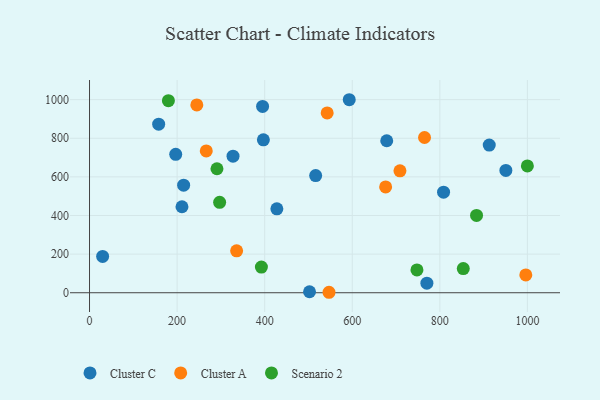
{"axis": {"x": "Study Hours", "y": "Exam Score"}, "legend": ["Cluster A", "Cluster C", "Scenario 2"], "data": [{"x": "502.4", "y": 5.1, "type": "Cluster C"}, {"x": "808.5", "y": 520.6, "type": "Cluster C"}, {"x": "950.8", "y": 633.2, "type": "Cluster C"}, {"x": "196.8", "y": 717.0, "type": "Cluster C"}, {"x": "678.7", "y": 787.1, "type": "Cluster C"}, {"x": "214.9", "y": 557.2, "type": "Cluster C"}, {"x": "211.1", "y": 445.3, "type": "Cluster C"}, {"x": "29.9", "y": 188.3, "type": "Cluster C"}, {"x": "157.9", "y": 872.9, "type": "Cluster C"}, {"x": "912.8", "y": 764.7, "type": "Cluster C"}, {"x": "395.2", "y": 964.6, "type": "Cluster C"}, {"x": "593.1", "y": 999.5, "type": "Cluster C"}, {"x": "327.7", "y": 707.4, "type": "Cluster C"}, {"x": "770.4", "y": 49.6, "type": "Cluster C"}, {"x": "516.4", "y": 606.9, "type": "Cluster C"}, {"x": "427.8", "y": 434.6, "type": "Cluster C"}, {"x": "397.0", "y": 792.0, "type": "Cluster C"}, {"x": "765.0", "y": 804.0, "type": "Cluster A"}, {"x": "708.9", "y": 631.3, "type": "Cluster A"}, {"x": "335.9", "y": 217.3, "type": "Cluster A"}, {"x": "542.7", "y": 931.3, "type": "Cluster A"}, {"x": "676.2", "y": 548.2, "type": "Cluster A"}, {"x": "266.6", "y": 734.4, "type": "Cluster A"}, {"x": "245.0", "y": 972.4, "type": "Cluster A"}, {"x": "996.3", "y": 92.5, "type": "Cluster A"}, {"x": "546.9", "y": 2.4, "type": "Cluster A"}, {"x": "180.1", "y": 994.5, "type": "Scenario 2"}, {"x": "392.5", "y": 133.1, "type": "Scenario 2"}, {"x": "297.1", "y": 468.1, "type": "Scenario 2"}, {"x": "999.9", "y": 656.9, "type": "Scenario 2"}, {"x": "291.0", "y": 642.0, "type": "Scenario 2"}, {"x": "747.7", "y": 118.3, "type": "Scenario 2"}, {"x": "883.8", "y": 400.2, "type": "Scenario 2"}, {"x": "853.5", "y": 125.3, "type": "Scenario 2"}]}